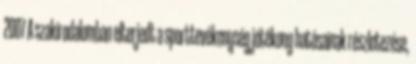
2007 A szakirodalomban elterjedt a sporttevékenység jótékony hatásainak részletezése,